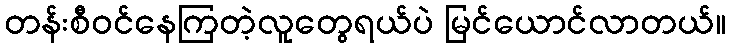
တန်းစီဝင်နေကြတဲ့လူတွေရယ်ပဲ မြင်ယောင်လာတယ်။